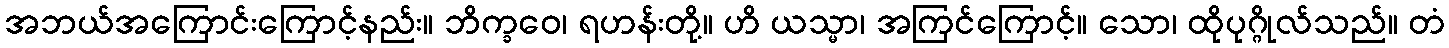
အဘယ်အကြောင်းကြောင့်နည်း။ ဘိက္ခဝေ၊ ရဟန်းတို့။ ဟိ ယသ္မာ၊ အကြင်ကြောင့်။ သော၊ ထိုပုဂ္ဂိုလ်သည်။ တံ